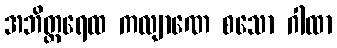
အဘိတ္ထရေထ ကလျာဏေ စသော ဂါထာ